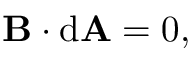
\mathbf { B } \cdot \mathrm { { d } } \mathbf { A } = 0 ,